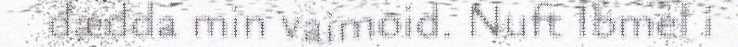
dædda min vaimoid. Nuft Ibmel i